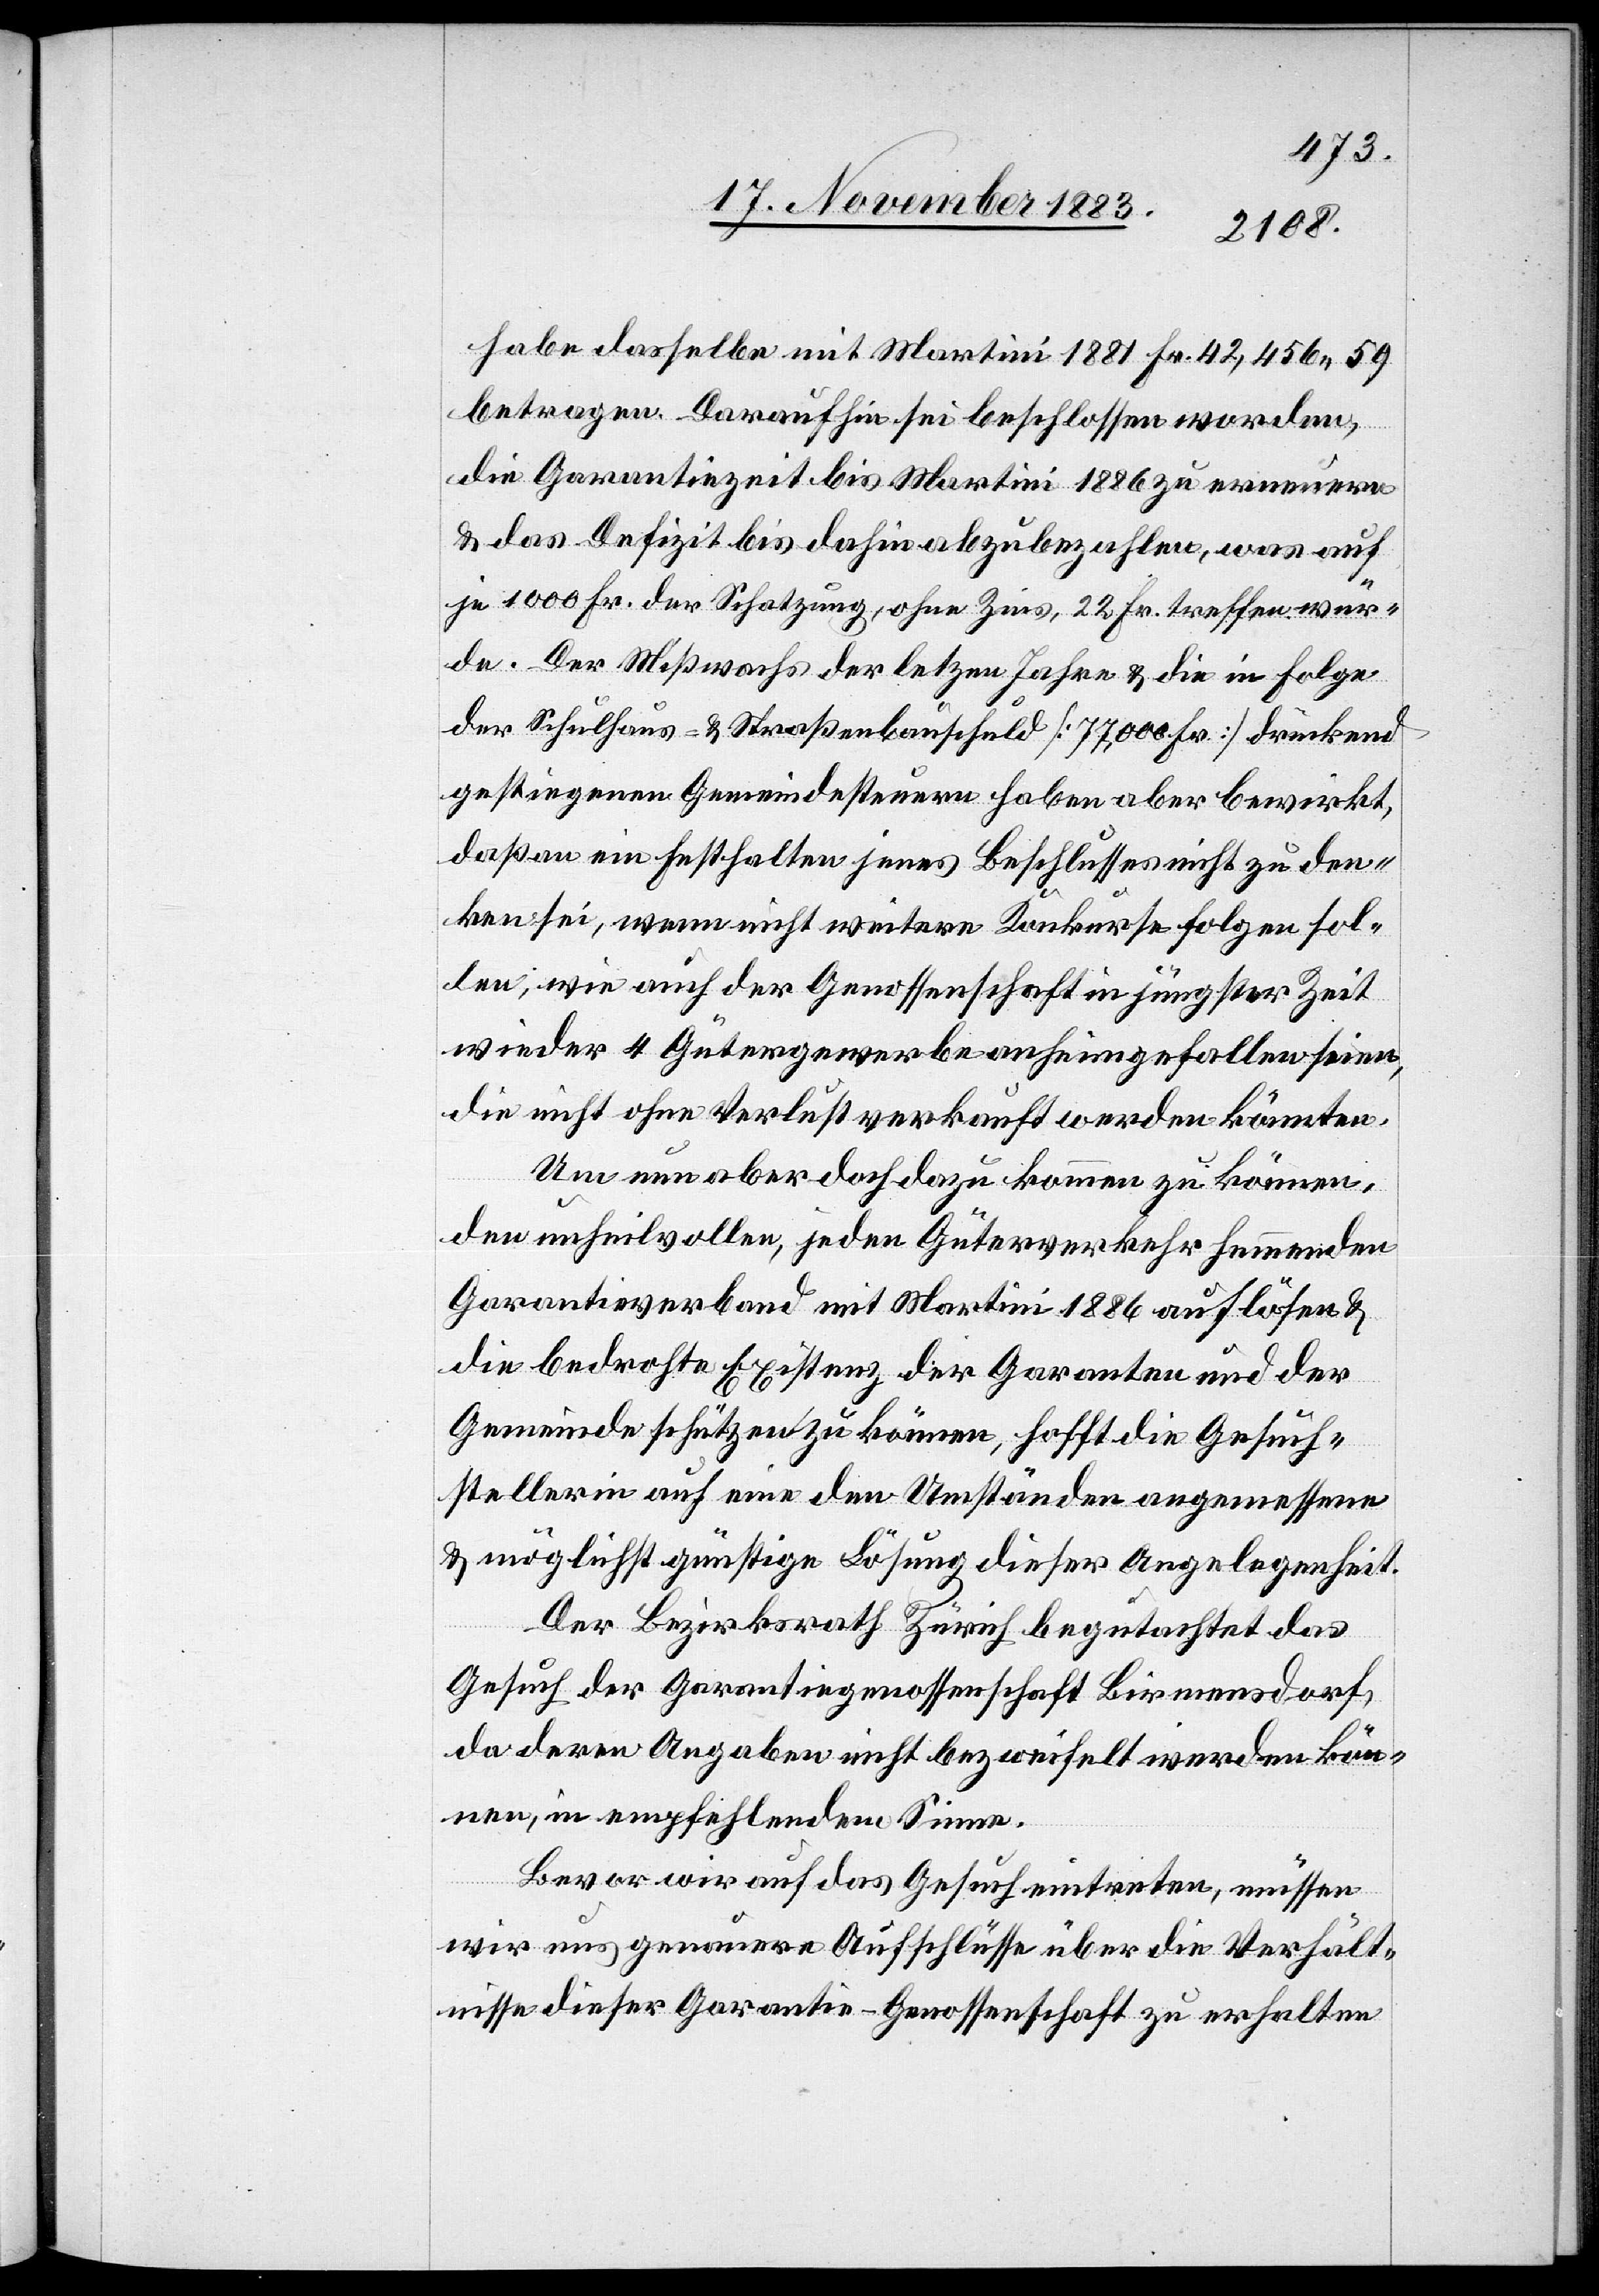
habe dasselbe mit Martini 1881 Fr. 42,456 59
betragen. Daraufhin sei beschlossen worden,
die Garantiezeit bis Martini 1886 zu erneuern
& das Defizit bis dahin abzubezahlen, was auf
je 1000 Fr. der Schatzung, ohne Zins, 22 Fr. treffen wür¬
de. Der Mißwachs der letzten Jahre & die in Folge
der Schulhaus- & Straßenbauschuld [77,000 Fr.] drückend
gestiegenen Gemeindesteuern haben aber bewirkt,
daß an ein Festhalten jenes Beschlusses nicht zu den¬
ken sei, wenn nicht weitere Konkurse folgen sol¬
len; wie auch der Genossenschaft in jüngster Zeit
wieder 4 Gütergewerbe anheimgefallen seien,
die nicht ohne Verlust verkauft werden könnten.
Um nun aber doch dazu kommen zu können,
den unheilvollen, jeden Güterverkehr hemmenden
Garantieverband mit Martini 1886 auflösen &
die bedrohte Existenz der Garanten und der
Gemeinde schützen zu können, hofft die Gesuch¬
stellerin auf eine den Umstände angemessene
& möglichst günstige Lösung dieser Angelegenheit.
Der Bezirksrath Zürich begutachtet das
Gesuch der Garantiegenossenschaft Birmensdorf,
da deren Angaben nicht bezweifelt werden kön¬
nen, in empfehlendem Sinne.
Bevor wir auf das Gesuch eintreten, müssen
wir uns genauere Aufschlüsse über die Verhält¬
nisse dieser Garantie-Genossenschaft zu erhalten